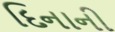
દિનાની